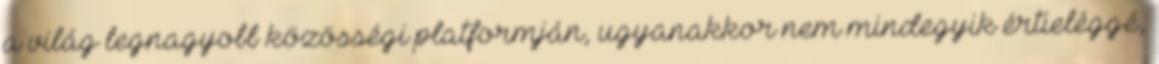
a világ legnagyobb közösségi platformján, ugyanakkor nem mindegyik értieléggé,